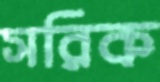
সরিক